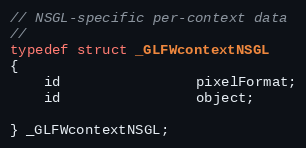
Language: C
// NSGL-specific per-context data
//
typedef struct _GLFWcontextNSGL
{
    id                pixelFormat;
    id                object;

} _GLFWcontextNSGL;